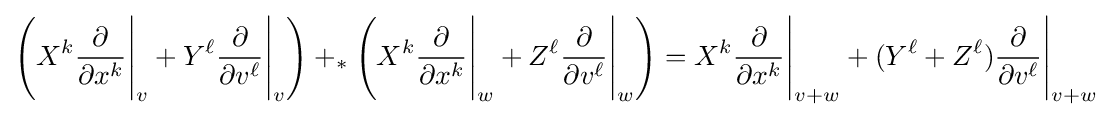
\left(X^{k}{\frac {\partial }{\partial x^{k}}}{\Bigg |}_{v}+Y^{\ell }{\frac {\partial }{\partial v^{\ell }}}{\Bigg |}_{v}\right)+_{*}\left(X^{k}{\frac {\partial }{\partial x^{k}}}{\Bigg |}_{w}+Z^{\ell }{\frac {\partial }{\partial v^{\ell }}}{\Bigg |}_{w}\right)=X^{k}{\frac {\partial }{\partial x^{k}}}{\Bigg |}_{v+w}+(Y^{\ell }+Z^{\ell }){\frac {\partial }{\partial v^{\ell }}}{\Bigg |}_{v+w}